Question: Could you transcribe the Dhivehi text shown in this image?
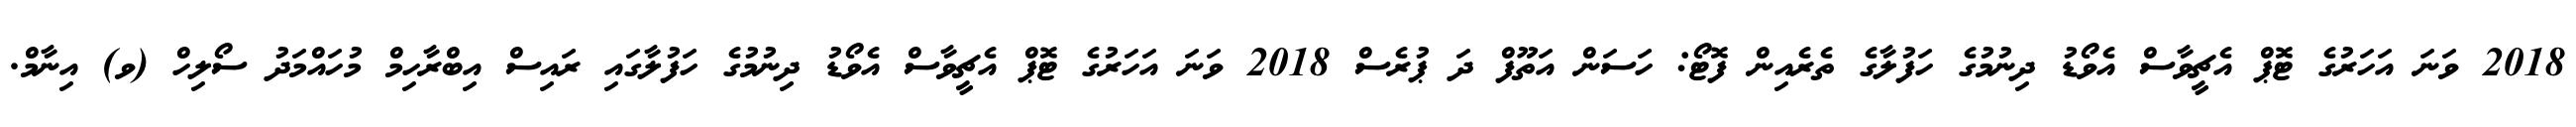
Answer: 2018 ވަނަ އަހަރުގެ ޓޮޕް އެޗީވާސް އެވޯޑު ދިނުމުގެ ހަފުލާގެ ތެރެއިން ފޮޓޯ: ހަސަން އަތޫފް ދަ ޕުރެސް 2018 ވަނަ އަހަރުގެ ޓޮޕް އެޗީވާސް އެވޯޑު ދިނުމުގެ ހަފުލާގައި ރައިސް އިބްރާހިމް މުހައްމަދު ސޯލިހް (ވ) އިނާމް.